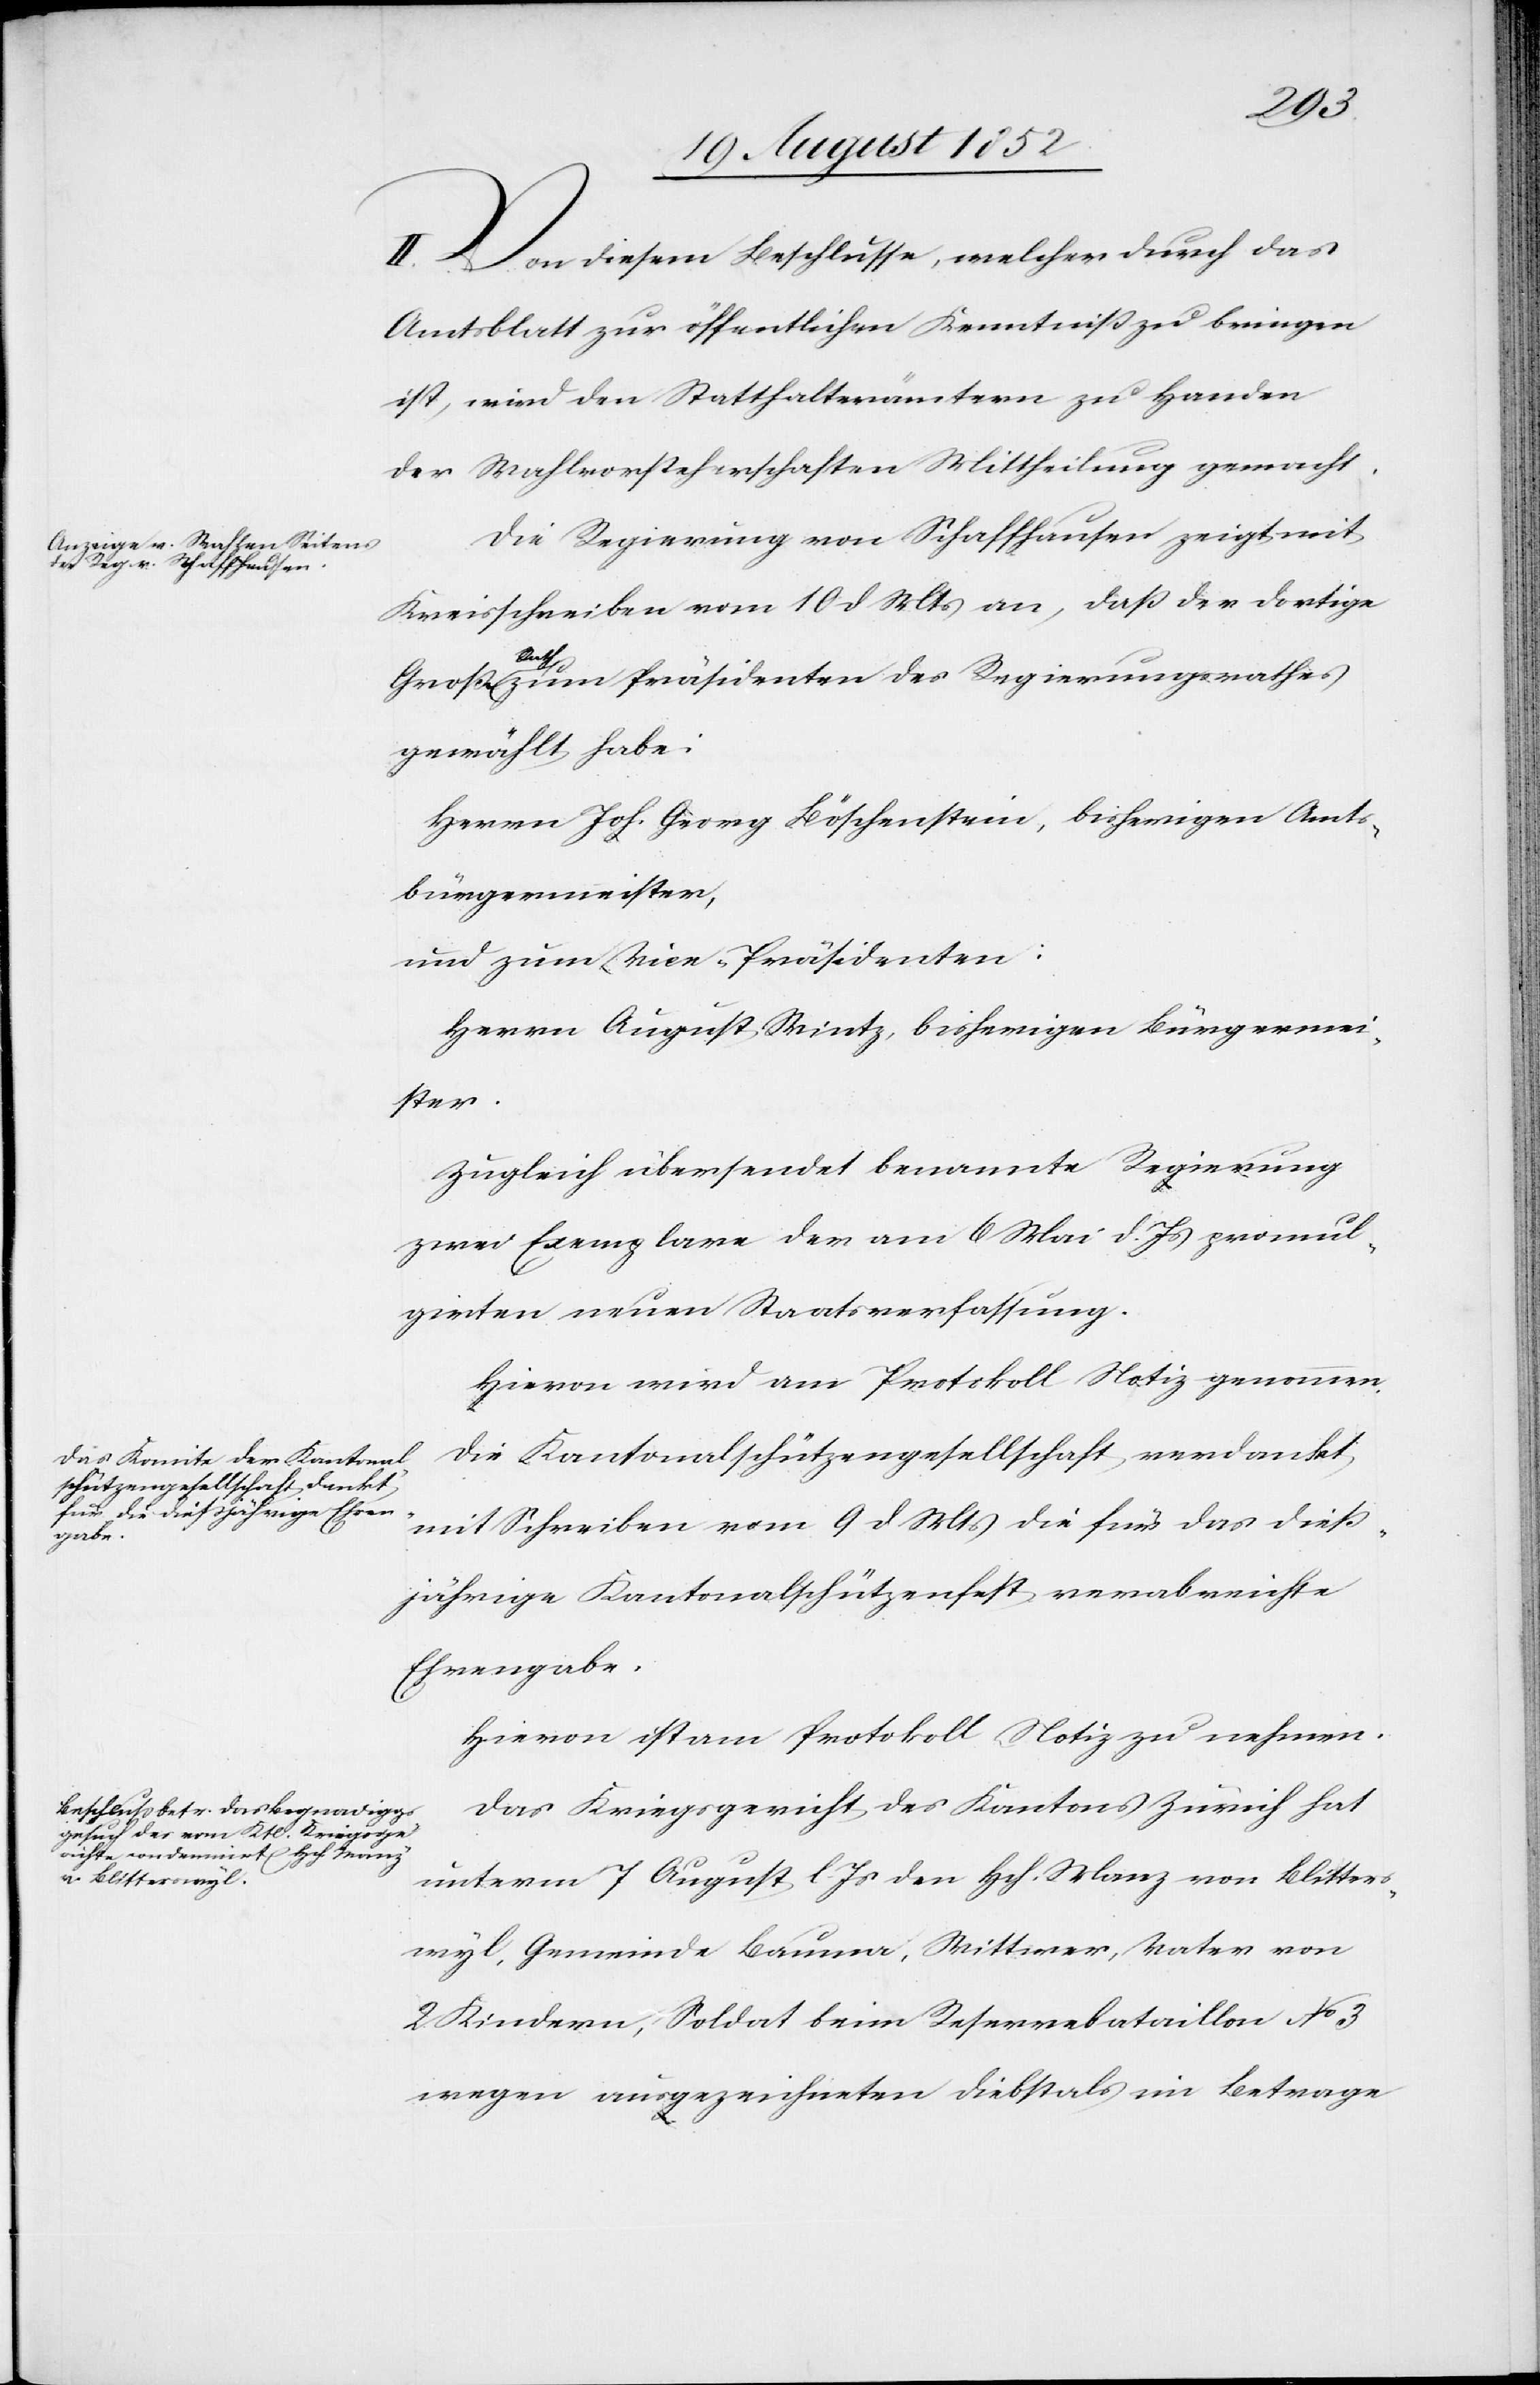
II. Von diesem Beschlusse, welcher durch das
Amtsblatt zur öffentlichen Kenntniß zu bringen
ist, wird den Statthalterämtern zu Handen
der Wahlvorsteherschaften Mittheilung gemacht.
Die Regierung von Schaffhausen zeigt mit
Kreisschreiben vom 10 d Mts an, daß der dortige
Große Rath zum Präsidenten des Regierungsrathes
gewählt habe:
Herrn Joh. Georg Böschenstein, bisherigen Amts¬
bürgermeister,
und zum Vice-Präsidenten:
Herrn August Wintz, bisherigen Bürgermei¬
ster.
Zugleich übersendet benannte Regierung
zwei Exemplare der am 6 Mai d. Js promul¬
girten neuen Staatsverfassung.
Hievon wird am Protokoll Notiz genommen.
Die Kantonalschützengesellschaft verdankt
mit Schreiben vom 9 d Mts die für das dieß¬
jährige Kantonalschützenfest verabreichte
Ehrengabe.
Hievon ist am Protokoll Notiz zu nehmen.
Das Kriegsgericht des Kantons Zürich hat
unterm 7 August l. Js den Hch. Manz von Blitters¬
wyl, Gemeinde Bauma, Wittwer, Vater von
2 Kindern, Soldat beim Reservebataillon No 3
wegen ausgezeichneten Diebstals im Betrage